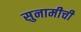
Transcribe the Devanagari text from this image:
सुनामीची